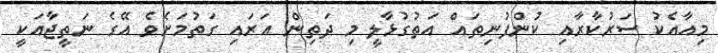
މިއާއެކު ސަރުކާރާއި ކުންފުނިތައް އަތުގުޅާލީ މި ދަތިން އަރައި ގަތުމަށެވެ އޭގެ ނަތީޖާއަކީ